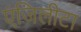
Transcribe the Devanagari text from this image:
एंजिलीटा